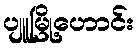
ပျူမြို့ဟောင်း